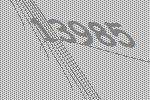
13985